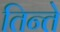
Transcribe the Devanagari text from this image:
तिन्ते